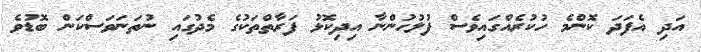
އަދި އެފަދަ ކޮންމެ ހުކުރެއްގައިވެސް ފުލުހުންނާ އިދިކޮޅު ފަރާތްތަކުގެ މެދުގައި ނުތަނަވަސްކަން ބޮޑުވެ